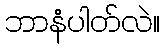
ဘာနံပါတ်လဲ။